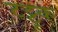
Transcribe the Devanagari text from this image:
टट्टूक